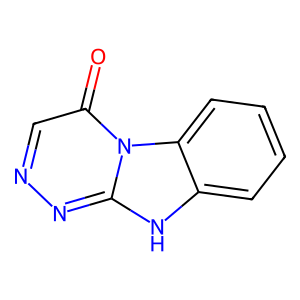
SMILES: O=c1cnnc2[nH]c3ccccc3n12
Inhibits HIV replication: No